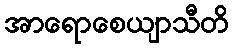
အာရောစေယျာသီတိ